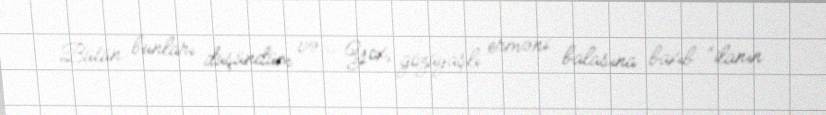
Bütün bunları düşündüm və... Yox, gözüyaşlı erməni balasına baxıb “ilanın